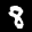
Label: 8